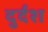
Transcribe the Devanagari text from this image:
दुर्दश